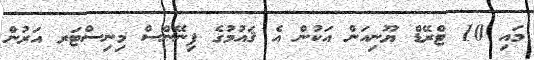
މައި 10 ޓްރޭޑް ޔޫނިއަން އަކުން އެ ޤައުމުގެ ފިނޭންސް މިނިސްޓަރ އަރުން